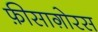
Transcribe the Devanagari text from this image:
फ़ीसाग़ोरस